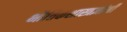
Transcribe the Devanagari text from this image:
भौतिकशास्त्रज्ञांनी